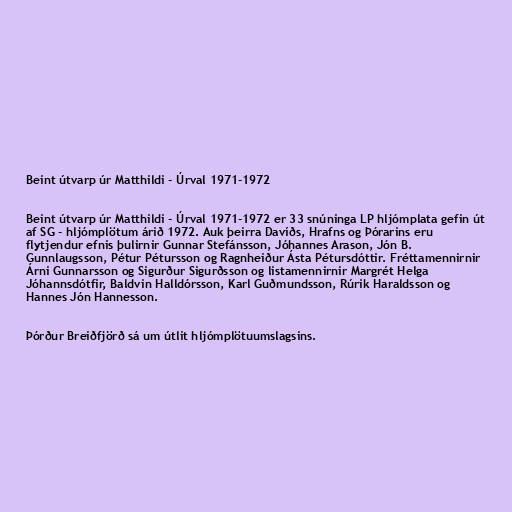
Beint útvarp úr Matthildi - Úrval 1971-1972

Beint útvarp úr Matthildi - Úrval 1971-1972 er 33 snúninga LP hljómplata gefin út
af SG - hljómplötum árið 1972. Auk þeirra Davíðs, Hrafns og Þórarins eru
flytjendur efnis þulirnir Gunnar Stefánsson, Jóhannes Arason, Jón B.
Gunnlaugsson, Pétur Pétursson og Ragnheiður Ásta Pétursdóttir. Fréttamennirnir
Árni Gunnarsson og Sigurður Sigurðsson og listamennirnir Margrét Helga
Jóhannsdótfir, Baldvin Halldórsson, Karl Guðmundsson, Rúrik Haraldsson og
Hannes Jón Hannesson.

Þórður Breiðfjörð sá um útlit hljómplötuumslagsins.